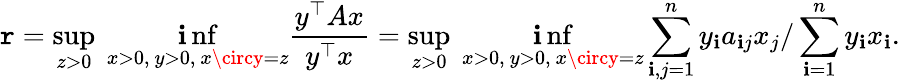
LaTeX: \mathtt{r}=\operatorname*{sup}_{z>0}\ \operatorname*{\mathbf{i}nf}_{x>0,\ y>0,\ x\circy=z}{\frac{{y^{\top}Ax}}{{y^{\top}x}}}=\operatorname*{sup}_{z>0}\ \operatorname*{\mathbf{i}nf}_{x>0,\ y>0,\ x\circy=z}\sum_{\mathbf{i},j=1}^{n}y_{\mathbf{i}}a_{\mathbf{i}j}x_{j}/\sum_{\mathbf{i}=1}^{n}y_{\mathbf{i}}x_{\mathbf{i}}.